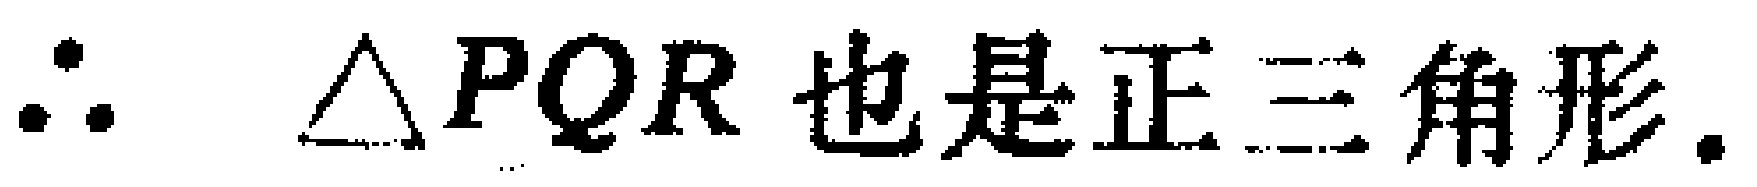
$\therefore \triangle PQR \text{ 也是正三角形.}$